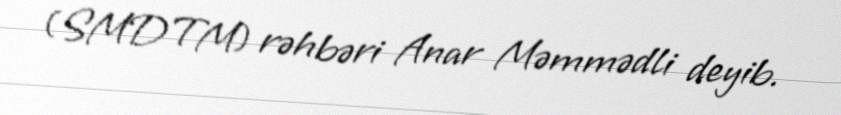
(SMDTM) rəhbəri Anar Məmmədli deyib.